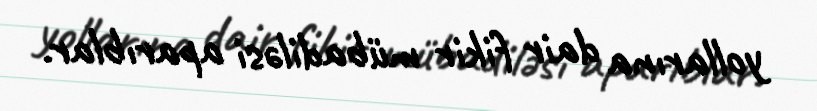
yollarına dair fikir mübadiləsi aparıblar.